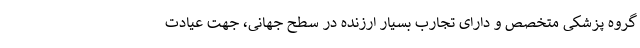
گروه پزشکی متخصص و دارای تجارب بسیار ارزنده در سطح جهانی، جهت عیادت